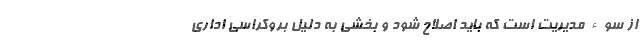
از سوء مدیریت است که باید اصلاح شود و بخشی به دلیل بروکراسی اداری